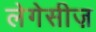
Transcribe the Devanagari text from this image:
लेगेसीज़